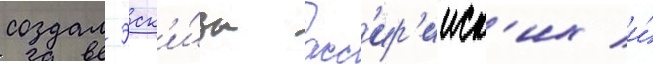
создал эск'и́зы асс'ир'ииск'их и́